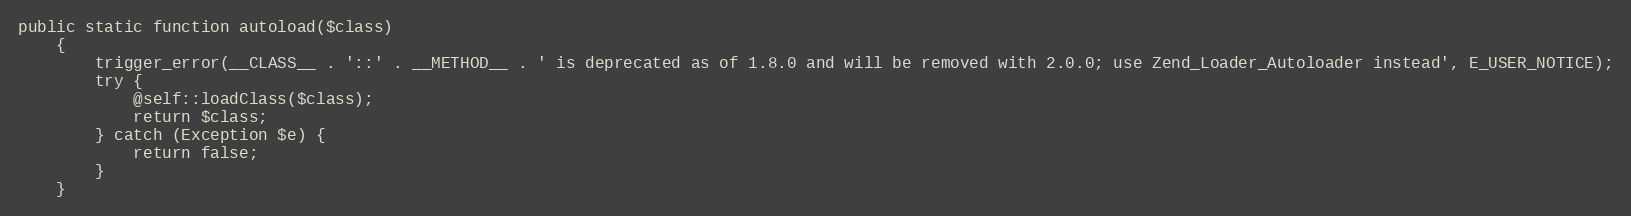
Language: PHP
public static function autoload($class)
    {
        trigger_error(__CLASS__ . '::' . __METHOD__ . ' is deprecated as of 1.8.0 and will be removed with 2.0.0; use Zend_Loader_Autoloader instead', E_USER_NOTICE);
        try {
            @self::loadClass($class);
            return $class;
        } catch (Exception $e) {
            return false;
        }
    }